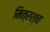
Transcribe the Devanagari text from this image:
मित्रश्च